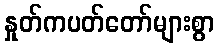
နှုတ်ကပတ်တော်များစွာ